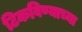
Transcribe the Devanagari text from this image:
टिकविण्याच्या